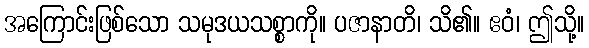
အကြောင်းဖြစ်သော သမုဒယသစ္စာကို။ ပဇာနာတိ၊ သိ၏။ ဧဝံ၊ ဤသို့။